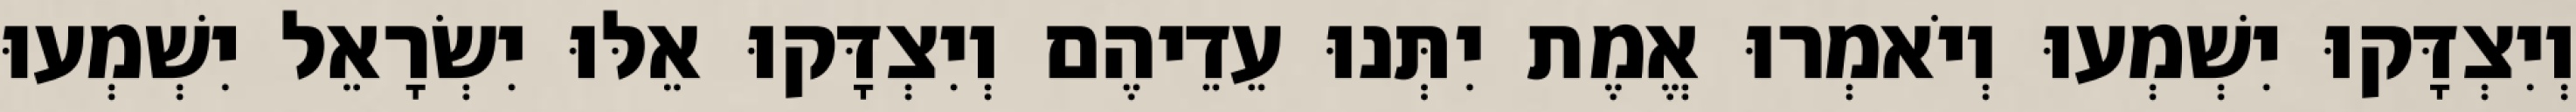
וְיִצְדָּקוּ יִשְׁמְעוּ וְיֹאמְרוּ אֱמֶת יִתְּנוּ עֵדֵיהֶם וְיִצְדָּקוּ אֵלּוּ יִשְׂרָאֵל יִשְׁמְעוּ